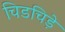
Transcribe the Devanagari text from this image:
चिडचिड़े